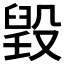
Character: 𣪷